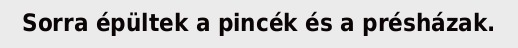
Sorra épültek a pincék és a présházak.